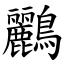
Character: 鸝